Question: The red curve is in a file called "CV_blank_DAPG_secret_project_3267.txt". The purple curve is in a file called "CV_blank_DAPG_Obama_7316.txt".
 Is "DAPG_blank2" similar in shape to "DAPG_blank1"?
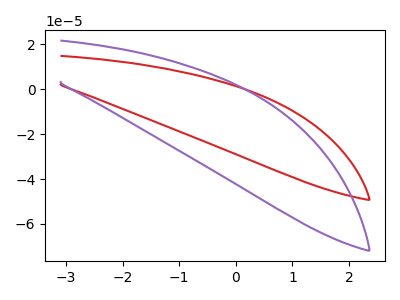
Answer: <think>The red curve "DAPG_blank1" has no peaks. The purple curve "DAPG_blank2" has no peaks.
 Neither "DAPG_blank2" or "DAPG_blank1" have any peaks.</think>
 <answer>"DAPG_blank2" and "DAPG_blank1" are similar in shape.</answer>
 <eval>same_shape</eval>